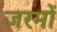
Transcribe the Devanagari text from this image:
जरमों